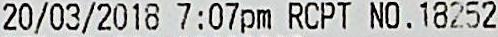
20/03/2018 7:07PM RCPT NO.18252